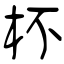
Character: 杯